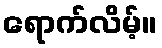
ရောက်လိမ့်။